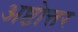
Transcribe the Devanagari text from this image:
अष्टोत्तर